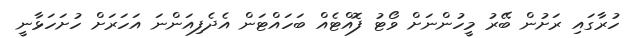
ހުރާގައި ރަށުން ބޭރު މީހުންނަށް ވޯޓު ފޮއްޓެއް ބަހައްޓަން އެދެފިއަންނަ އަހަރަށް ހުށަހަޅާނީ